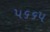
૫૬૬૫